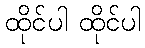
ထိုင်ပါ ထိုင်ပါ